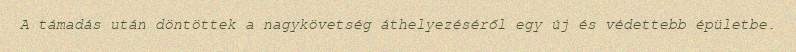
A támadás után döntöttek a nagykövetség áthelyezéséről egy új és védettebb épületbe.